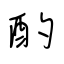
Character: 酌